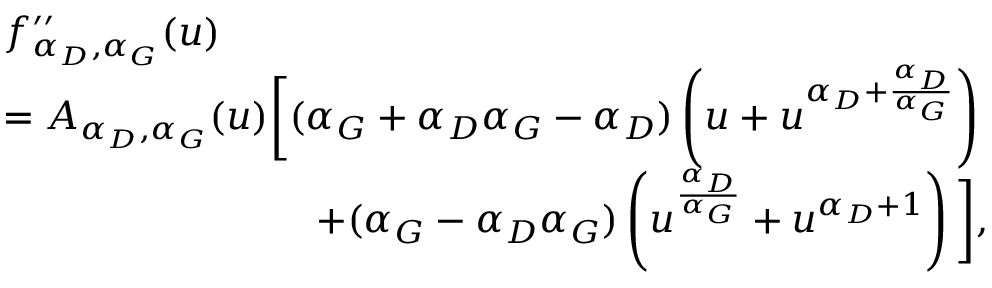
\begin{array} { r l } & { f _ { \alpha _ { D } , \alpha _ { G } } ^ { \prime \prime } ( u ) } \\ & { = A _ { \alpha _ { D } , \alpha _ { G } } ( u ) \bigg [ ( \alpha _ { G } + \alpha _ { D } \alpha _ { G } - \alpha _ { D } ) \left( u + u ^ { \alpha _ { D } + \frac { \alpha _ { D } } { \alpha _ { G } } } \right) } \\ & { \qquad \qquad \qquad \qquad + ( \alpha _ { G } - \alpha _ { D } \alpha _ { G } ) \left( u ^ { \frac { \alpha _ { D } } { \alpha _ { G } } } + u ^ { \alpha _ { D } + 1 } \right) \bigg ] , } \end{array}